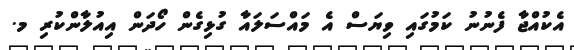
އެކުއްޖާ ފެނުނު ކަމުގައި ވިޔަސް އެ މައްސަލައާ ގުޅިގެން ހޯދަން އިއުލާންކުރި މ.